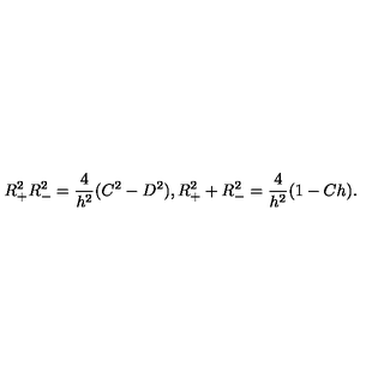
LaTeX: R _ { + } ^ { 2 } R _ { - } ^ { 2 } = \frac { 4 } { h ^ { 2 } } ( C ^ { 2 } - D ^ { 2 } ) , R _ { + } ^ { 2 } + R _ { - } ^ { 2 } = \frac { 4 } { h ^ { 2 } } ( 1 - C h ) .